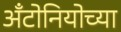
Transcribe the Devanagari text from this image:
अँटोनियोच्या